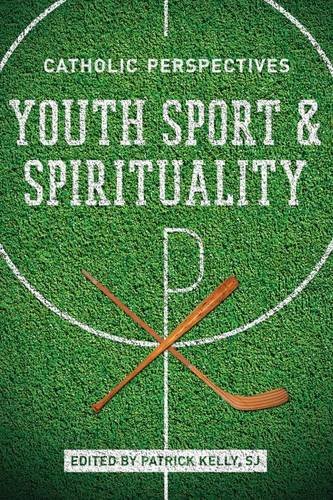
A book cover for Youth Sport and Spirituality: Catholic Perspectives; Sports & Outdoors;